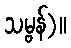
သမ္ဗန်)။